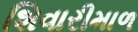
શિવારીમાળ